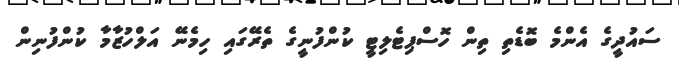
ސައުދީގެ އެންމެ ބޮޑެތި ތިން ހޮސްޕިޓެލިޓީ ކުންފުނީގެ ތެރޭގައި ހިމެނޭ އަލްހުޒާމާ ކުންފުނިން